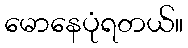
မောနေပုံရတယ်။